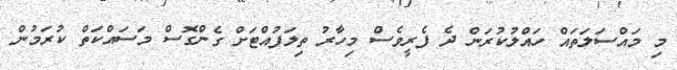
މި މައްސަލަތައް ހައްލުކުރަން ދެ ފެރީވެސް މިހާރު ތިލަފުއްޓަށް ގެންގޮސް މަސައްކަތް ކުރަމުން